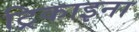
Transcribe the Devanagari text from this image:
ट्रिकाइना